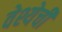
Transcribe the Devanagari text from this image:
वेश्येची